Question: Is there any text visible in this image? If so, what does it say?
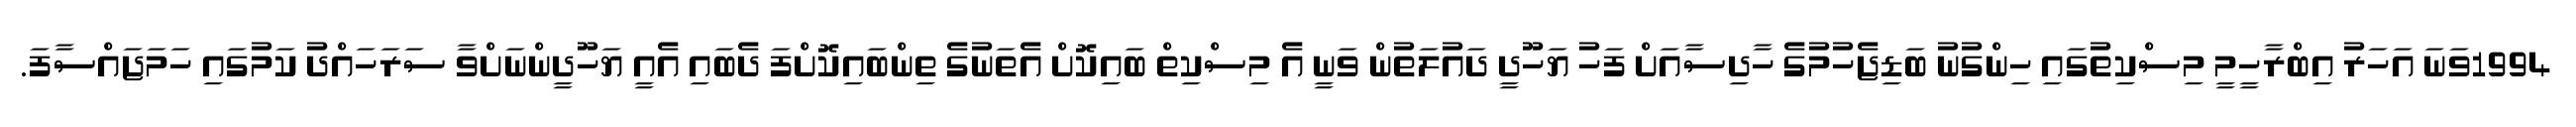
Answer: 1994ވަނަ އަހަރު އިބްރާހީމީ މިސްކިތުގައި ހިންގުނު ބަޑިޖެހުމުގެ ހާދިސާއަށް ފަހު ޔަހޫދީ ދައުލަތުން ވަނީ އެ މިސްކިތް ބައިކޮށް އެތަނުގެ ތިންބައިކޮށްފަ ދެބައި އެއީ ޔަހޫދީންނަށްވާ ސަރަހައްދު ކަމުގައި ހަމަޖައްސާފަ.